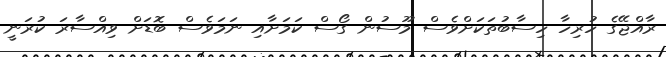
ރާއްޖޭގެ ހުރިހާ ހިސާބުތަކަށްވެސް މޫސުން ގޯސް ކަމަށާއި ނަމަވެސް ބޮޑަށް ވިއްސާރަ ކުރަނީ